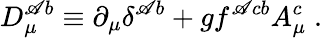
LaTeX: D_{\mu}^{\mathscr{A}b}\equiv\partial_{\mu}\delta^{\mathscr{A}b}+gf^{\mathscr{A}cb}A_{\mu}^{c}\; .